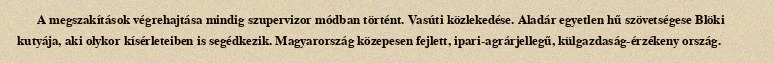
A megszakítások végrehajtása mindig szupervizor módban történt. Vasúti közlekedése. Aladár egyetlen hű szövetségese Blöki kutyája, aki olykor kísérleteiben is segédkezik. Magyarország közepesen fejlett, ipari-agrárjellegű, külgazdaság-érzékeny ország.